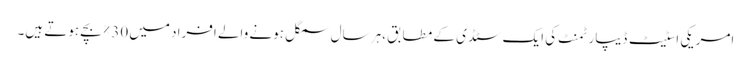
امریکی اسٹیٹ ڈیپارٹمنٹ کی ایک سٹڈی کے مطابق ،ہر سال سمگل ہونے والے افراد میں 30% بچے ہوتے ہیں۔